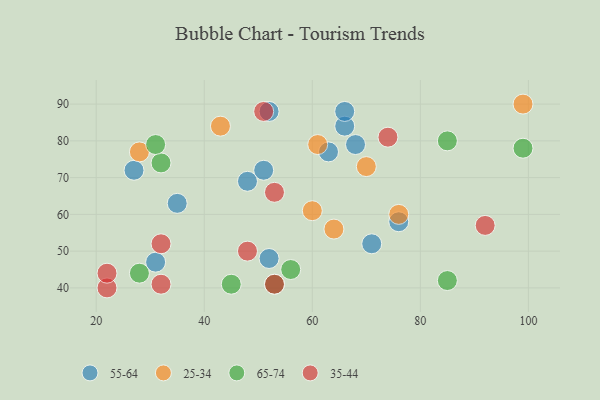
{"axis": {"x": "GDP", "y": "Life Expectancy"}, "legend": ["25-34", "35-44", "55-64", "65-74"], "data": [{"x": "51", "y": 72, "type": "55-64"}, {"x": "31", "y": 47, "type": "55-64"}, {"x": "71", "y": 52, "type": "55-64"}, {"x": "76", "y": 58, "type": "55-64"}, {"x": "63", "y": 77, "type": "55-64"}, {"x": "66", "y": 84, "type": "55-64"}, {"x": "66", "y": 88, "type": "55-64"}, {"x": "52", "y": 48, "type": "55-64"}, {"x": "35", "y": 63, "type": "55-64"}, {"x": "27", "y": 72, "type": "55-64"}, {"x": "48", "y": 69, "type": "55-64"}, {"x": "68", "y": 79, "type": "55-64"}, {"x": "52", "y": 88, "type": "55-64"}, {"x": "70", "y": 73, "type": "25-34"}, {"x": "76", "y": 60, "type": "25-34"}, {"x": "43", "y": 84, "type": "25-34"}, {"x": "28", "y": 77, "type": "25-34"}, {"x": "64", "y": 56, "type": "25-34"}, {"x": "60", "y": 61, "type": "25-34"}, {"x": "99", "y": 90, "type": "25-34"}, {"x": "61", "y": 79, "type": "25-34"}, {"x": "85", "y": 42, "type": "65-74"}, {"x": "85", "y": 80, "type": "65-74"}, {"x": "28", "y": 44, "type": "65-74"}, {"x": "56", "y": 45, "type": "65-74"}, {"x": "53", "y": 41, "type": "65-74"}, {"x": "99", "y": 78, "type": "65-74"}, {"x": "45", "y": 41, "type": "65-74"}, {"x": "32", "y": 74, "type": "65-74"}, {"x": "31", "y": 79, "type": "65-74"}, {"x": "22", "y": 40, "type": "35-44"}, {"x": "51", "y": 88, "type": "35-44"}, {"x": "32", "y": 41, "type": "35-44"}, {"x": "53", "y": 66, "type": "35-44"}, {"x": "48", "y": 50, "type": "35-44"}, {"x": "32", "y": 52, "type": "35-44"}, {"x": "53", "y": 41, "type": "35-44"}, {"x": "74", "y": 81, "type": "35-44"}, {"x": "22", "y": 44, "type": "35-44"}, {"x": "92", "y": 57, "type": "35-44"}]}